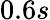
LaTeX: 0.6s